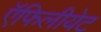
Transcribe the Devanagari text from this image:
ऍफिलीयेट